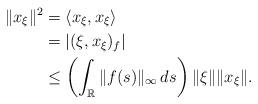
LaTeX: \begin{align*} \|x_\xi\|^2 &= \langle x_\xi,x_\xi\rangle\\ &= |(\xi,x_\xi)_f|\\ &\leq \left(\int_{\mathbb{R}} \|f(s)\|_{\infty}\,ds\right)\|\xi\|\|x_\xi\|. \end{align*}